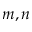
m , n